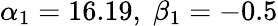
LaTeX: \alpha_{1}=16.19,\; \beta_{1}=-0.5